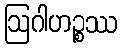
ဩဂါဟဉ္စဿ